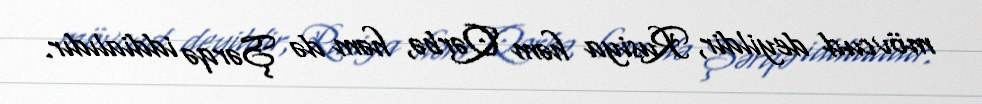
mövcud deyildir, Rusiya həm Qərbə, həm də Şərqə iddialıdır.